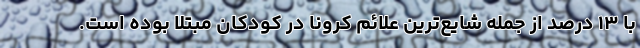
با ۱۳ درصد از جمله شایع‌ترین علائم کرونا در کودکان مبتلا بوده است.